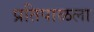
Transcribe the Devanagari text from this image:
प्रतिपाळला